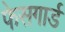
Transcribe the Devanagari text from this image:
फेसगार्ड